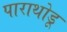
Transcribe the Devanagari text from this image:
पाराथोडू